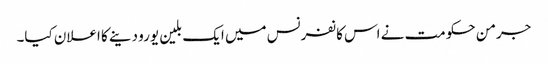
جرمن حکومت نے اس کانفرنس میں ایک بلین یورو دینے کا اعلان کیا۔